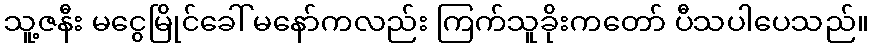
သူ့ဇနီး မငွေမြိုင်ခေါ် မနော်ကလည်း ကြက်သူခိုးကတော် ပီသပါပေသည်။